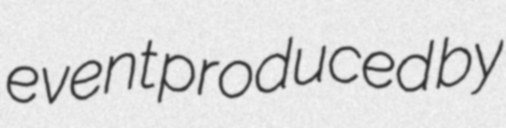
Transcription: event produced by